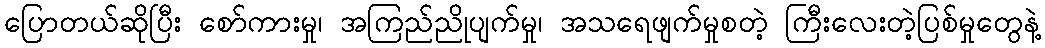
ပြောတယ်ဆိုပြီး စော်ကားမှု၊ အကြည်ညိုပျက်မှု၊ အသရေဖျက်မှုစတဲ့ ကြီးလေးတဲ့ပြစ်မှုတွေနဲ့